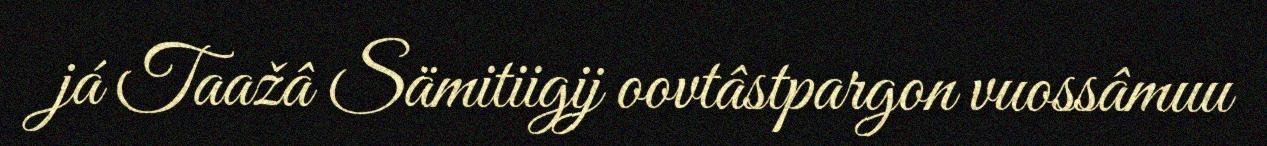
já Taažâ Sämitiigij oovtâstpargon vuossâmuu